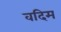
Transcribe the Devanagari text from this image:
वदिम